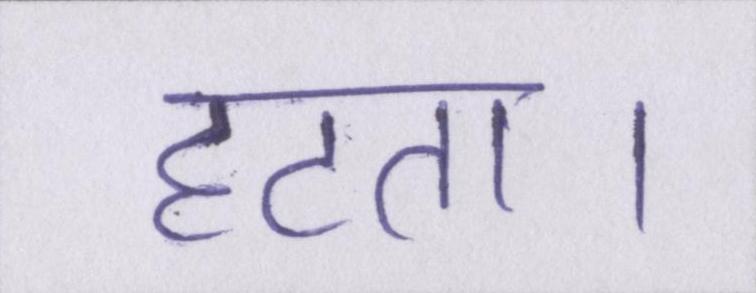
हटता।